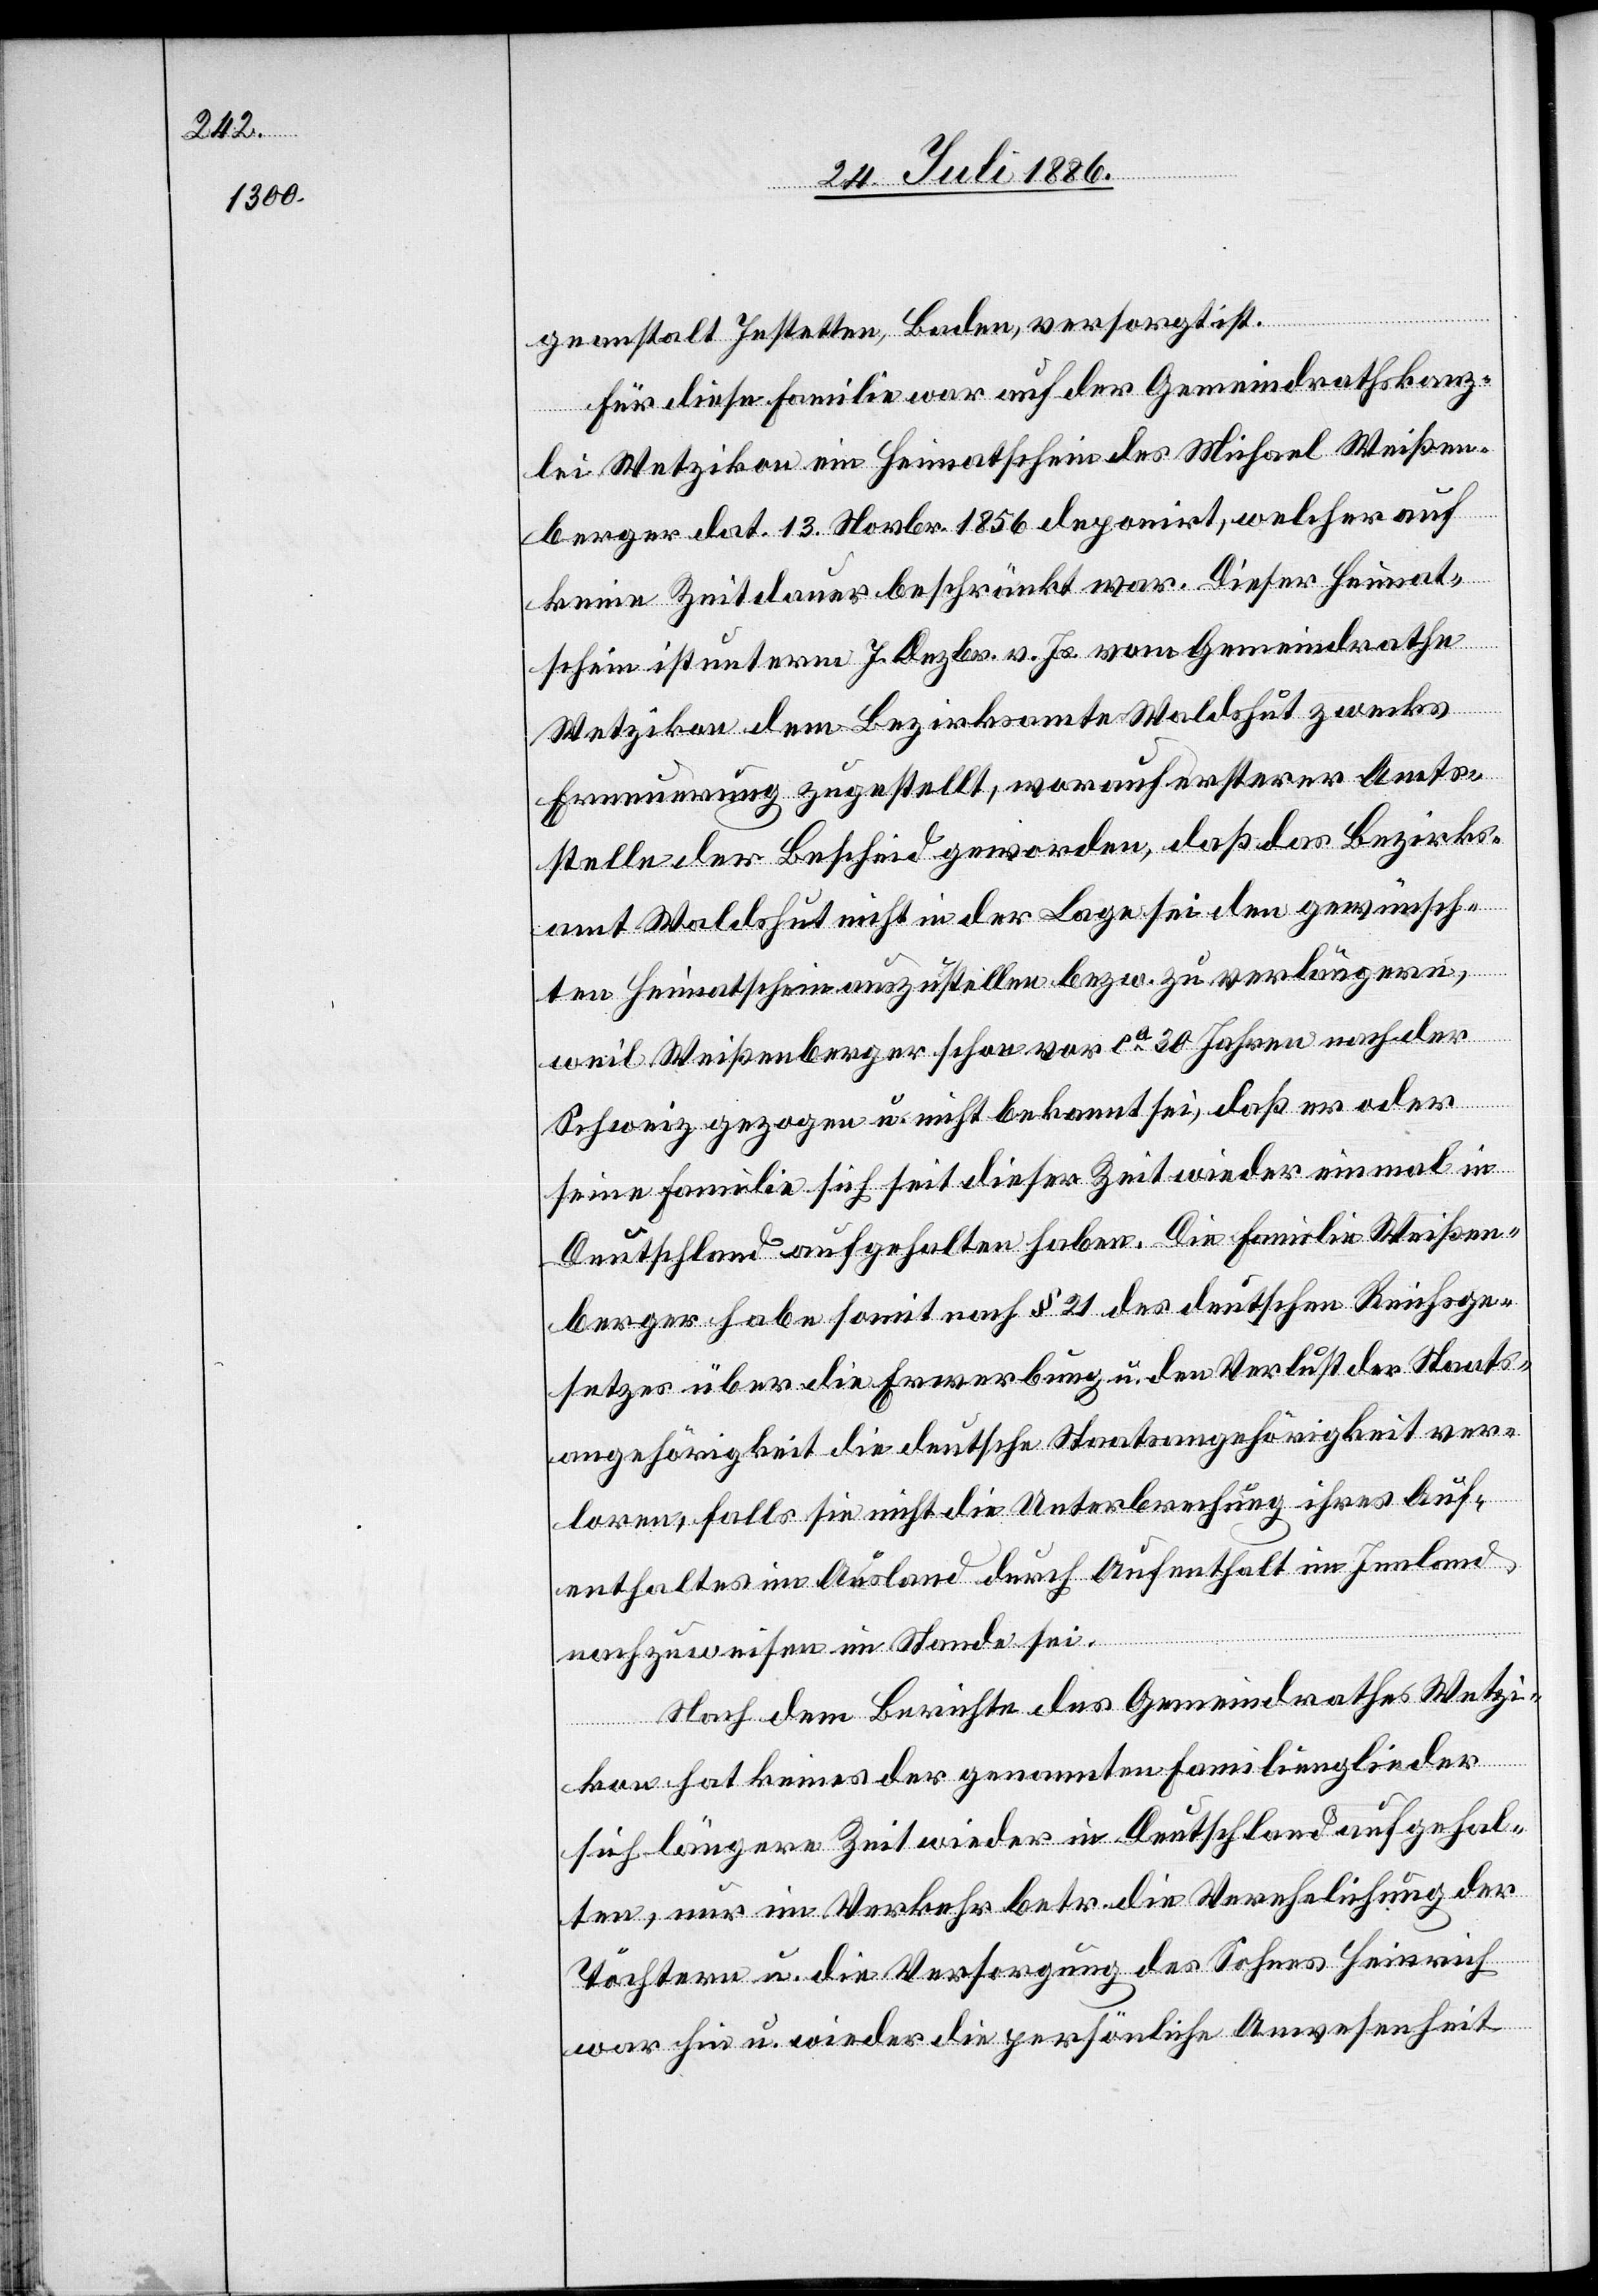
geanstalt Jestetten, Baden, versorgt ist.
Für diese Familie war auf der Gemeindrathskanz¬
lei Wetzikon ein Heimatschein des Michael Weißen¬
berger dat. 13. Novbr. 1856 deponirt, welcher auf
keine Zeitdauer beschränkt war. Dieser Heimat¬
schein ist unterm 7. Dezbr. v. Js. vom Gemeindrathe
Wetzikon dem Bezirksamte Waldshut zwecks
Erneuerung zugestellt, worauf ersterer Amts¬
stelle der Bescheid geworden, daß das Bezirks¬
amt Waldshut nicht in der Lage sei den gewünsch¬
ten Heimatschein auszustellen bezw. zu verlängern,
weil Weißenberger schon vor ca 30 Jahren nach der
Schweiz gezogen u. nicht bekannt sei, daß er oder
seine Familie sich seit dieser Zeit wieder einmal in
Deutschland aufgehalten haben. Die Familie Weißen¬
berger habe somit nach § 21 des deutschen Reichsge¬
setzes über die Erwerbung u. den Verlust der Staats¬
angehörigkeit die deutsche Staatsangehörigkeit ver¬
loren, falls sie nicht die Unterbrechung ihres Auf¬
enthaltes im Ausland durch Aufenthalt im Inland
nachzuweisen im Stande sei.
Nach dem Berichte des Gemeindrathes Wetzi¬
kon hat keines der genannten Familienglieder
sich längere Zeit wieder in Deutschland aufgehal¬
ten, nur im Verkehr betr. die Verehelichung der
Töchtern u. die Versorgung des Sohnes Heinrich
war hin u. wieder die persönliche Anwesenheit